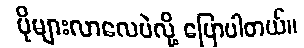
ပိုများလာလေပဲလို့ ပြောပါတယ်။